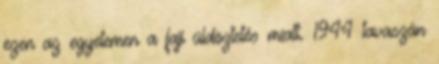
ezen az egyetemen a faji üldöztetés miatt. 1944 tavaszán